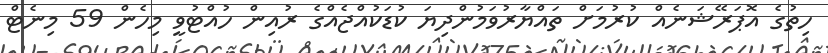
ހިތުގެ އޮޕަރޭޝަނެއް ކުރުމަށް ތައްޔާރުވަމުންދިޔަ ކުޑަކުއްޖެއްގެ ރުއިން ހުއްޓުވީ މިހެން 59 މިނެޓް